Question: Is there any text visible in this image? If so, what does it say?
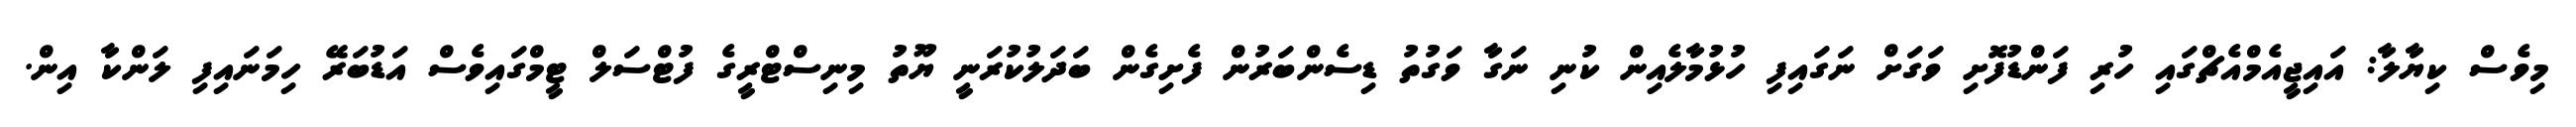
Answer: މިވެސް ކިޔާލާ: އައިޖީއެމްއެޗްގައި ހުރި ފަންޑުފޮށި ވަގަށް ނަގައިފި ހުޅުމާލެއިން ކުނި ނަގާ ވަގުތު ޑިސެންބަރުން ފެށިގެން ބަދަލުކުރަނީ ޔޫތު މިނިސްޓްރީގެ ފުޓްސަލް ޓީމްގައިވެސް އަޑުބަރޭ ހިމަނައިފި ލަންކާ އިން.